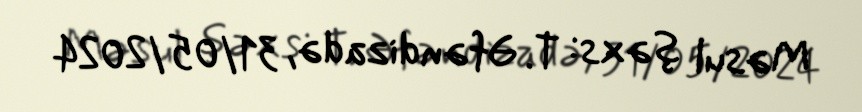
Məsul şəxs: T. Əfəndizadə, 31/05/2024